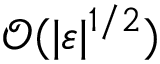
\mathcal { O } ( \vert \varepsilon \vert ^ { 1 / 2 } )